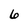
Character: 6